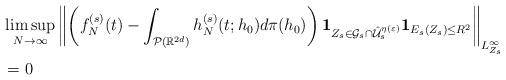
LaTeX: \begin{align*}\begin{aligned}& \limsup_{N\rightarrow \infty}\left\Vert \left( f_N^{(s)} (t) - \int_{\mathcal{P}(\mathbb{R}^{2d})}h_N^{(s)} (t;h_0) d\pi (h_0)\right)\mathbf{1}_{Z_s \in \mathcal{G}_s \cap\hat{\mathcal{U}}_s^{\eta (\varepsilon)}}\mathbf{1}_{E_s (Z_s) \leq R^2}\right\Vert_{L^\infty_{Z_s}} \\& = 0\end{aligned}\end{align*}